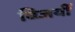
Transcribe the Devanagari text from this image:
विजयीं